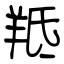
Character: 羝